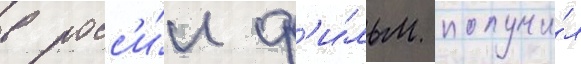
в росс'и́и ф'и́льм получи́л